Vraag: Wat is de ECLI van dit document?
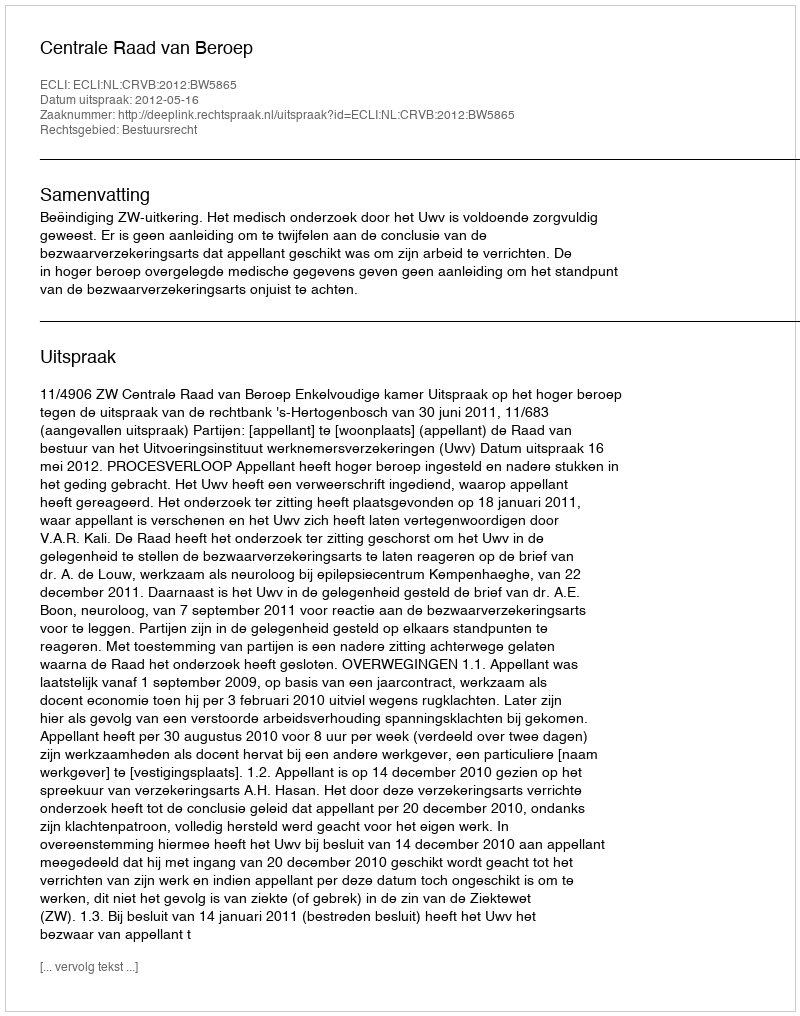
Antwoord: ECLI:NL:CRVB:2012:BW5865